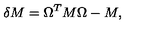
\delta M = \Omega ^ { T } M \Omega - M ,